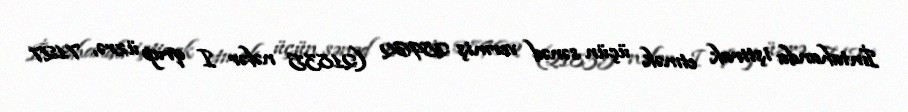
İmtahanda iştirak etmək üçün sənəd vermiş 28962 (21835 nəfər I qrup üzrə, 7127